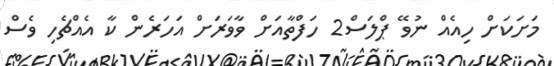
މަށަކަށް ހިއެއް ނުވޭ ޕްލަސް2 ހަފްތާއަށް ވާވަރަށް އަހަރެން ކާ އެއްޗެހި ވެސް